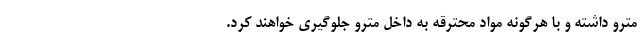
مترو داشته و با هرگونه مواد محترقه به داخل مترو جلوگیری خواهند کرد.